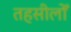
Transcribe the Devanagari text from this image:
तहसीलोँ